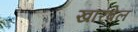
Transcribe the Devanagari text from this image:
खारबेल